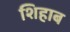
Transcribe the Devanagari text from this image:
शिहाब